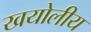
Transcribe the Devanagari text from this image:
खयोलीय